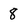
Character: 8